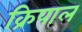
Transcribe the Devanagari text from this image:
क्रिपाल